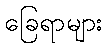
ခြေရာများ